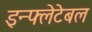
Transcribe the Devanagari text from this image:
इन्फ्लेटेबल